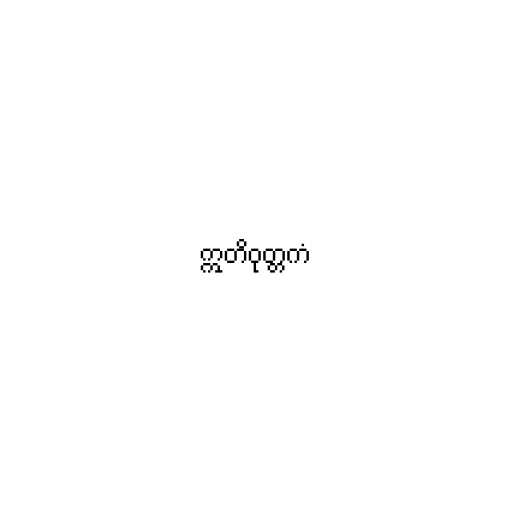
ဣတိဝုတ္တကံ